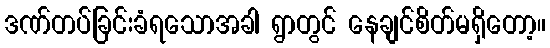
ဒဏ်တပ်ခြင်းခံရသောအခါ ရွာတွင် နေချင်စိတ်မရှိတော့။